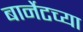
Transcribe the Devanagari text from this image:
बार्नेटच्या